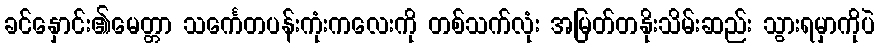
ခင်နှောင်း၏မေတ္တာ သင်္ကေတပန်းကုံးကလေးကို တစ်သက်လုံး အမြတ်တနိုးသိမ်းဆည်း သွားရမှာကိုပဲ